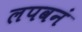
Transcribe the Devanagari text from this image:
लपवनं